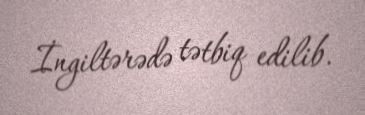
İngiltərədə tətbiq edilib.